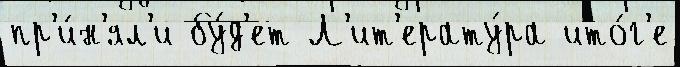
пр'и́н'ял'и бу́д'ет Л'ит'ерату́ра ито́г'е